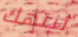
تنتهك